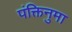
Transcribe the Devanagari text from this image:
पंक्तिनुमा